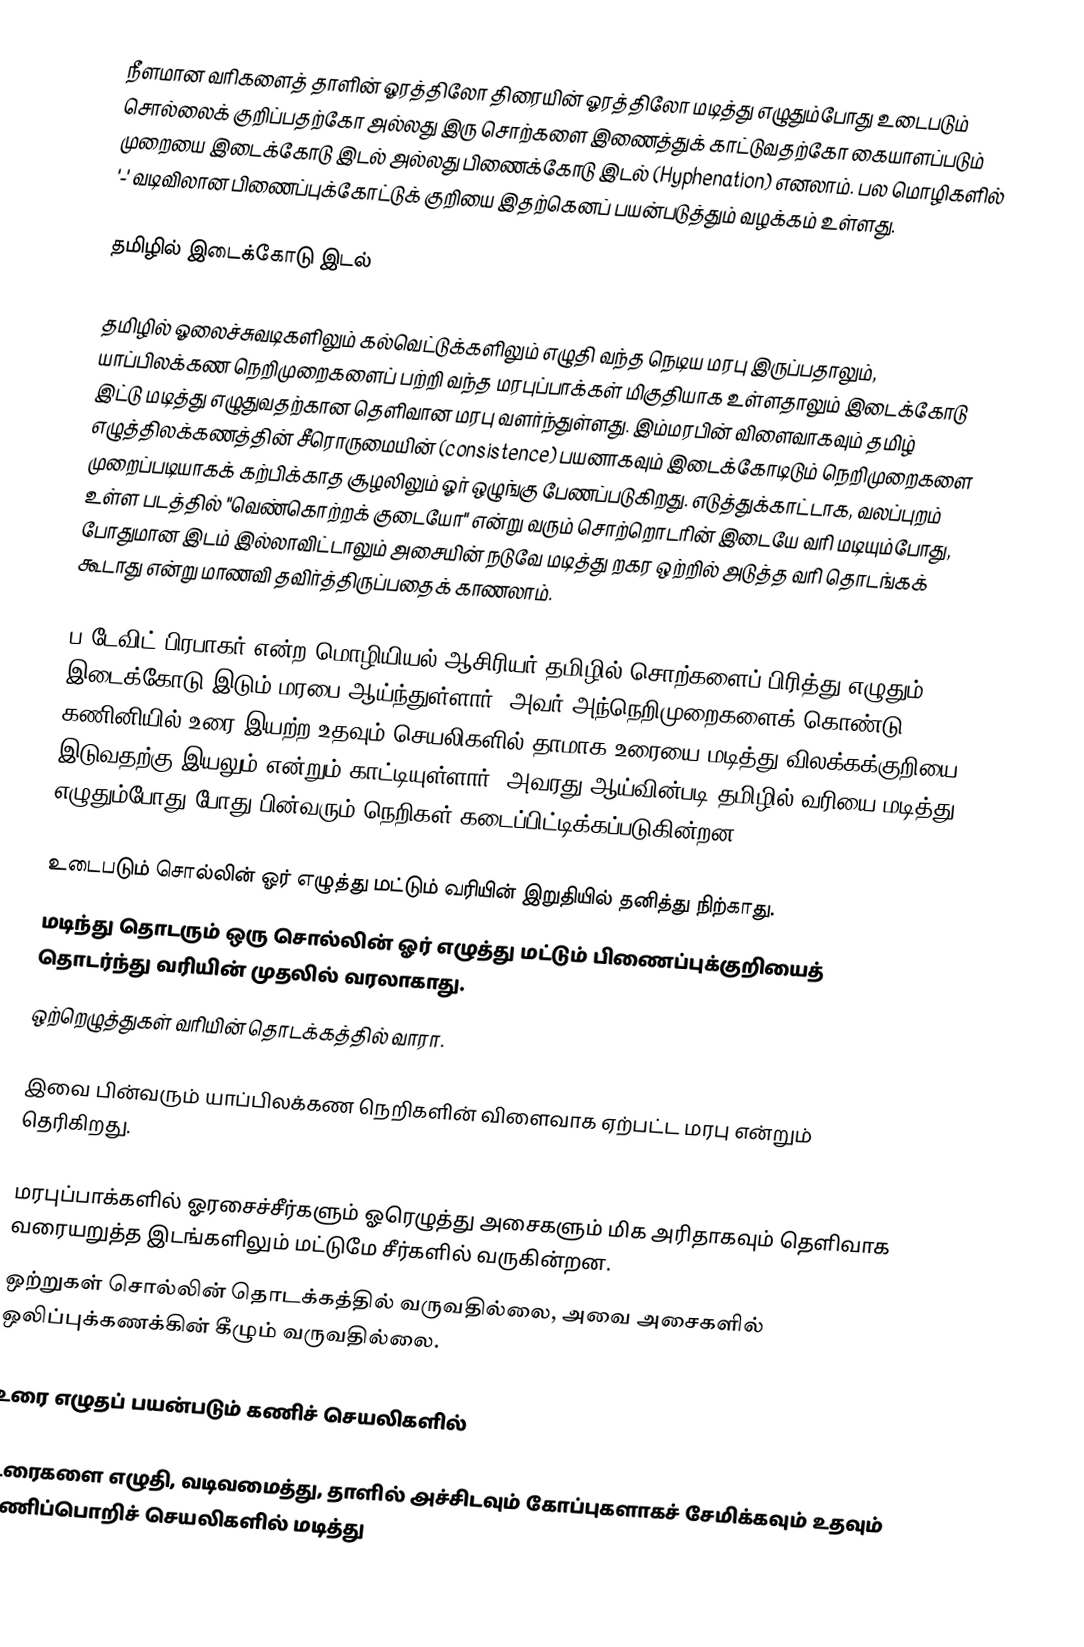
நீளமான வரிகளைத் தாளின் ஓரத்திலோ திரையின் ஓரத்திலோ மடித்து எழுதும்போது உடைபடும் சொல்லைக் குறிப்பதற்கோ அல்லது இரு சொற்களை இணைத்துக் காட்டுவதற்கோ கையாளப்படும் முறையை இடைக்கோடு இடல் அல்லது பிணைக்கோடு இடல் (Hyphenation) எனலாம். பல மொழிகளில் '-' வடிவிலான பிணைப்புக்கோட்டுக் குறியை இதற்கெனப் பயன்படுத்தும் வழக்கம் உள்ளது.

தமிழில் இடைக்கோடு இடல்

தமிழில் ஓலைச்சுவடிகளிலும் கல்வெட்டுக்களிலும் எழுதி வந்த நெடிய மரபு இருப்பதாலும், யாப்பிலக்கண நெறிமுறைகளைப் பற்றி வந்த மரபுப்பாக்கள் மிகுதியாக உள்ளதாலும் இடைக்கோடு இட்டு மடித்து எழுதுவதற்கான தெளிவான மரபு வளர்ந்துள்ளது. இம்மரபின் விளைவாகவும் தமிழ் எழுத்திலக்கணத்தின் சீரொருமையின் (consistence) பயனாகவும் இடைக்கோடிடும் நெறிமுறைகளை முறைப்படியாகக் கற்பிக்காத சூழலிலும் ஓர் ஒழுங்கு பேணப்படுகிறது. எடுத்துக்காட்டாக, வலப்புறம் உள்ள படத்தில் "வெண்கொற்றக் குடையோ" என்று வரும் சொற்றொடரின் இடையே வரி மடியும்போது, போதுமான இடம் இல்லாவிட்டாலும் அசையின் நடுவே மடித்து றகர ஒற்றில் அடுத்த வரி தொடங்கக் கூடாது என்று மாணவி தவிர்த்திருப்பதைக் காணலாம்.

ப.டேவிட் பிரபாகர் என்ற மொழியியல் ஆசிரியர் தமிழில் சொற்களைப் பிரித்து எழுதும், இடைக்கோடு இடும் மரபை ஆய்ந்துள்ளார். அவர் அந்நெறிமுறைகளைக் கொண்டு கணினியில் உரை இயற்ற உதவும் செயலிகளில் தாமாக உரையை மடித்து விலக்கக்குறியை இடுவதற்கு இயலும் என்றும் காட்டியுள்ளார். அவரது ஆய்வின்படி தமிழில் வரியை மடித்து எழுதும்போது போது பின்வரும் நெறிகள் கடைப்பிட்டிக்கப்படுகின்றன.

 உடைபடும் சொல்லின் ஓர் எழுத்து மட்டும் வரியின் இறுதியில் தனித்து நிற்காது.
 மடிந்து தொடரும் ஒரு சொல்லின் ஓர் எழுத்து மட்டும் பிணைப்புக்குறியைத் தொடர்ந்து வரியின் முதலில் வரலாகாது.
 ஒற்றெழுத்துகள் வரியின் தொடக்கத்தில் வாரா.

இவை பின்வரும் யாப்பிலக்கண நெறிகளின் விளைவாக ஏற்பட்ட மரபு என்றும் தெரிகிறது.

 மரபுப்பாக்களில் ஓரசைச்சீர்களும் ஓரெழுத்து அசைகளும் மிக அரிதாகவும் தெளிவாக வரையறுத்த இடங்களிலும் மட்டுமே சீர்களில் வருகின்றன.
 ஒற்றுகள் சொல்லின் தொடக்கத்தில் வருவதில்லை, அவை அசைகளில் ஒலிப்புக்கணக்கின் கீழும் வருவதில்லை.

உரை எழுதப் பயன்படும் கணிச் செயலிகளில்

உரைகளை எழுதி, வடிவமைத்து, தாளில் அச்சிடவும் கோப்புகளாகச் சேமிக்கவும் உதவும் கணிப்பொறிச் செயலிகளில் மடித்து